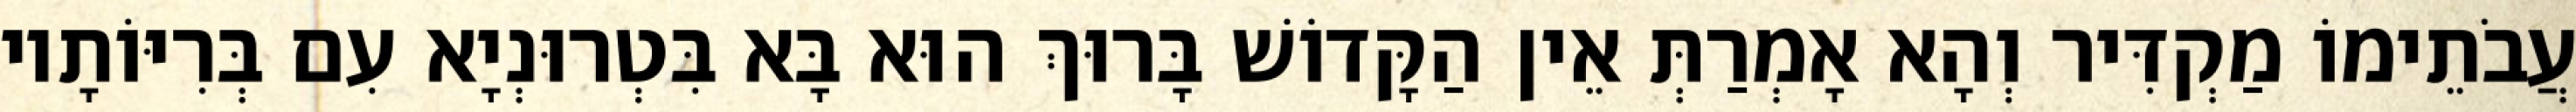
עֲבֹתֵימוֹ מַקְדִּיר וְהָא אָמְרַתְּ אֵין הַקָּדוֹשׁ בָּרוּךְ הוּא בָּא בִּטְרוּנְיָא עִם בְּרִיּוֹתָיו